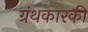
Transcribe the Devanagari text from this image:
ग्रंथकारकी